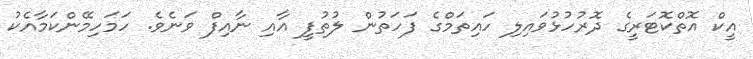
އީކް އޮތްކޮޓަރީގެ ދޮރުހުޅުވައިލި ހައިތަމްގެ ފަހަތުން ލުތުފީ އާއި ނާއިފް ވަނެވެ. ހަމަހިމޭންކަމާއެކު